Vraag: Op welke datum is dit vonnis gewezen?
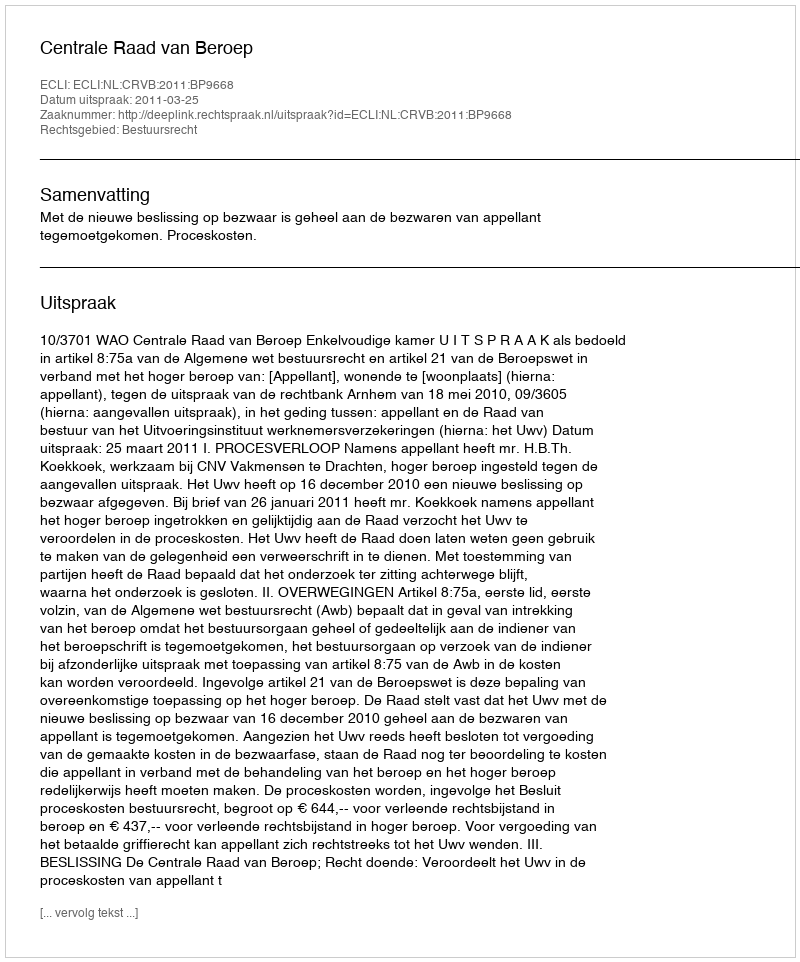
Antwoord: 2011-03-25